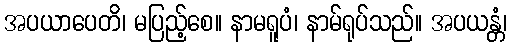
အပယာပေတိ၊ မပြည့်စေ။ နာမရူပံ၊ နာမ်ရုပ်သည်။ အပယန္တံ၊